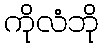
ကိုလံဘို